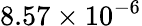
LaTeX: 8.57\times 10^{-6}